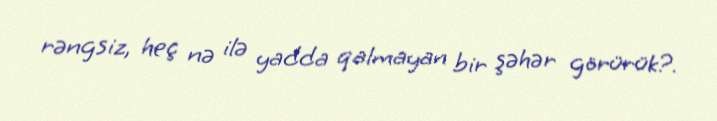
rəngsiz, heç nə ilə yadda qalmayan bir şəhər görürük?.